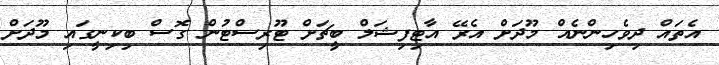
އެތައް ދިވެހިންނެއް މޫދަށް އެރޭ އާޓިފިޝަލް ބީޗަށް ޓޫރިސްޓުން ގޮސް ބިކިނީގައި މޫދަށް